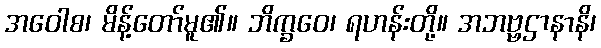
အဝေါစ၊ မိန့်တော်မူ၏။ ဘိက္ခဝေ၊ ရဟန်းတို့။ အဘဗ္ဗဌာနာနိ၊